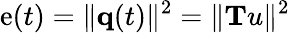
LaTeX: \mathrm{e}(t)=\| {\mathbf{q}}(t)\| ^{2}=\| {\mathbf{T}u}\| ^{2}